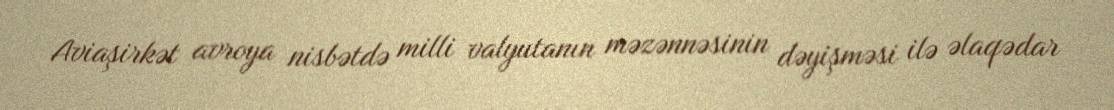
Aviaşirkət avroya nisbətdə milli valyutanın məzənnəsinin dəyişməsi ilə əlaqədar